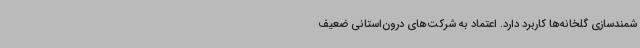
شمندسازی گلخانه‌ها کاربرد دارد. اعتماد به شرکت‌های درون‌استانی ضعیف